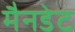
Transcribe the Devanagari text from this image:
मैनडेट